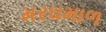
મરઘમાળ